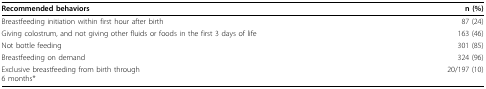
<table><thead><tr><td><b>Recommended behaviors</b></td><td><b>n (%)</b></td></tr></thead><tbody><tr><td>Breastfeeding initiation within first hour after birth</td><td>87 (24)</td></tr><tr><td>Giving colostrum, and not giving other fluids or foods in the first 3 days of life</td><td>163 (46)</td></tr><tr><td>Not bottle feeding</td><td>301 (85)</td></tr><tr><td>Breastfeeding on demand</td><td>324 (96)</td></tr><tr><td>Exclusive breastfeeding from birth through6 months*</td><td>20/197 (10)</td></tr></tbody></table>